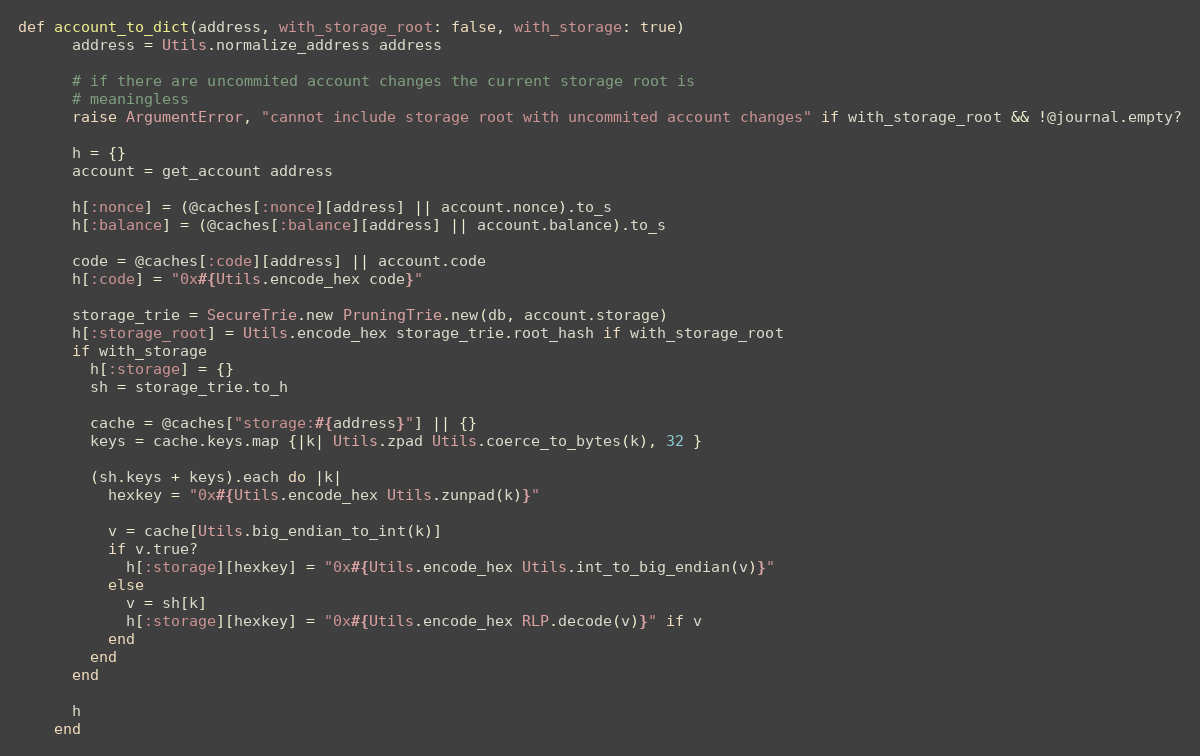
Language: Ruby
def account_to_dict(address, with_storage_root: false, with_storage: true)
      address = Utils.normalize_address address

      # if there are uncommited account changes the current storage root is
      # meaningless
      raise ArgumentError, "cannot include storage root with uncommited account changes" if with_storage_root && !@journal.empty?

      h = {}
      account = get_account address

      h[:nonce] = (@caches[:nonce][address] || account.nonce).to_s
      h[:balance] = (@caches[:balance][address] || account.balance).to_s

      code = @caches[:code][address] || account.code
      h[:code] = "0x#{Utils.encode_hex code}"

      storage_trie = SecureTrie.new PruningTrie.new(db, account.storage)
      h[:storage_root] = Utils.encode_hex storage_trie.root_hash if with_storage_root
      if with_storage
        h[:storage] = {}
        sh = storage_trie.to_h

        cache = @caches["storage:#{address}"] || {}
        keys = cache.keys.map {|k| Utils.zpad Utils.coerce_to_bytes(k), 32 }

        (sh.keys + keys).each do |k|
          hexkey = "0x#{Utils.encode_hex Utils.zunpad(k)}"

          v = cache[Utils.big_endian_to_int(k)]
          if v.true?
            h[:storage][hexkey] = "0x#{Utils.encode_hex Utils.int_to_big_endian(v)}"
          else
            v = sh[k]
            h[:storage][hexkey] = "0x#{Utils.encode_hex RLP.decode(v)}" if v
          end
        end
      end

      h
    end